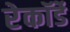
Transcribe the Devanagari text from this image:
रेकॉर्डे